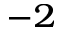
^ { - 2 }